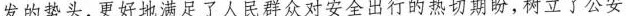
发的势头，更好地满足了人民群众对安全出行的热切期盼，树立了公安